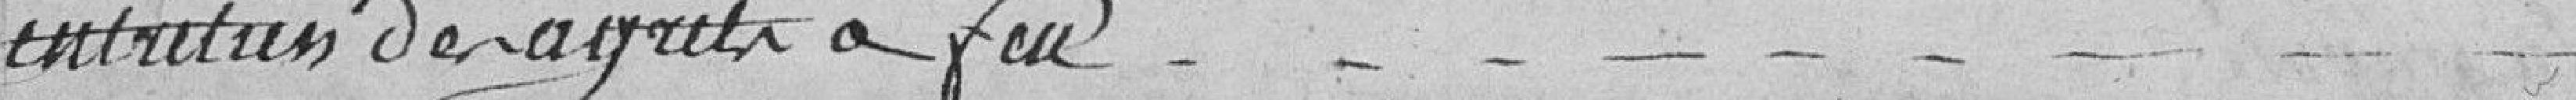
entretien des agrès à feu